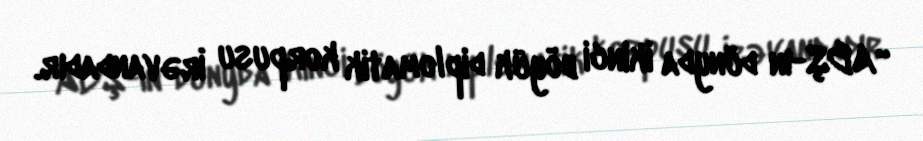
“ABŞ-ın dünyda ikinci böyük diplomatik korpusu İrəvandadır.